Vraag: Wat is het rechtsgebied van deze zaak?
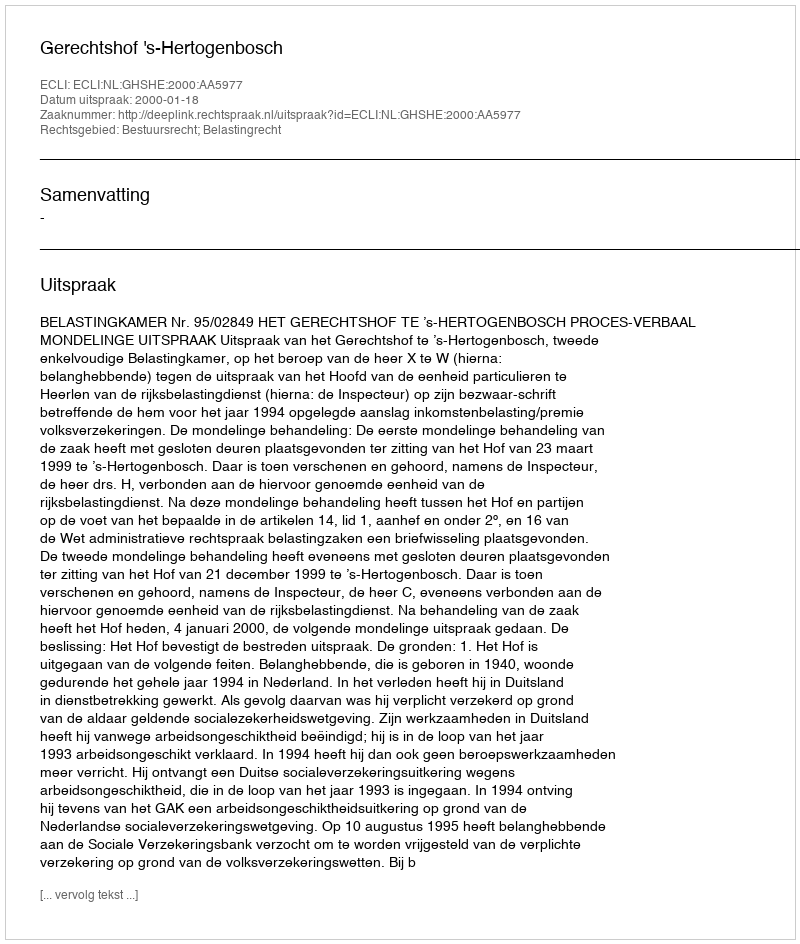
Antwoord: Bestuursrecht; Belastingrecht